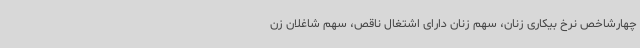
چهارشاخص نرخ بیکاری زنان، سهم زنان دارای اشتغال ناقص، سهم شاغلان زن